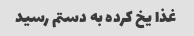
غذا یخ کرده به دستم رسید